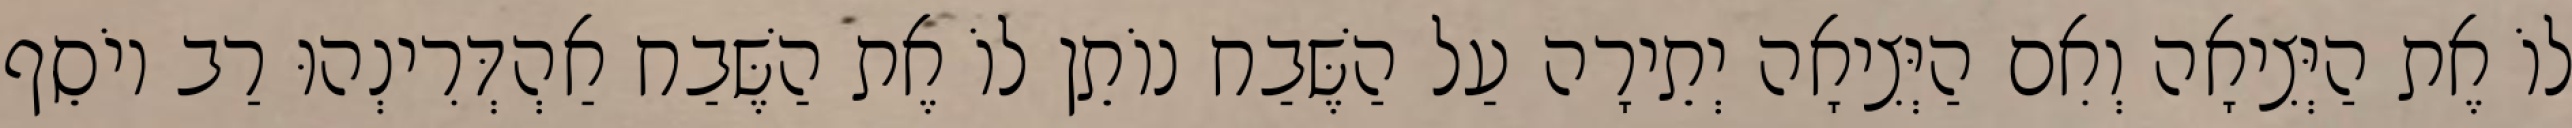
לוֹ אֶת הַיְּצִיאָה וְאִם הַיְּצִיאָה יְתֵירָה עַל הַשֶּׁבַח נוֹתֵן לוֹ אֶת הַשֶּׁבַח אַהְדְּרִינְהוּ רַב יוֹסֵף